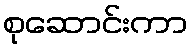
စုဆောင်းကာ